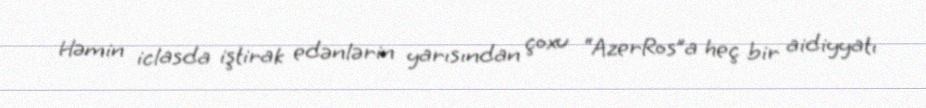
Həmin iclasda iştirak edənlərin yarısından çoxu “AzerRos”a heç bir aidiyyatı